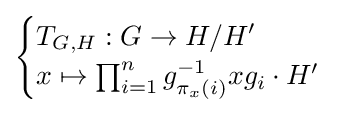
{\begin{cases}T_{G,H}:G\to H/H'\\x\mapsto \prod _{i=1}^{n}g_{\pi _{x}(i)}^{-1}xg_{i}\cdot H'\end{cases}}